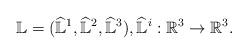
LaTeX: \begin{align*}{\mathbb{L}}=( \widehat{\mathbb{L}}^1, \widehat{\mathbb{L}}^2, \widehat{\mathbb{L}}^3), \widehat{\mathbb{L}}^i:\mathbb{R}^{3}\rightarrow\mathbb{R}^{3}.\end{align*}